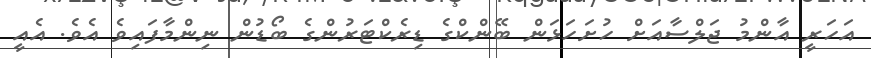
އަހަރީ އާންމު ޖަލްސާއަށް ހުށަހަޅަން ބޭންކްގެ ޑިރެކްޓަރުންގެ ބޯޑުން ނިންމާފައިވެ އެވެ. އެއީ